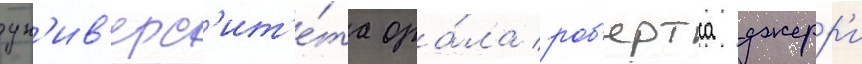
ун'ив'ерс'ит'е́та ора́ла роб'ертса джерр'и